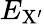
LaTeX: E_{\mathrm{X^{\prime}}}